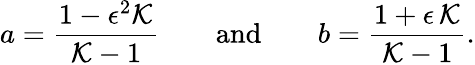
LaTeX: a=\frac{1-\epsilon^{2}{\cal K}}{{\cal K}-1}\qquad\mathrm{and}\qquad b=\frac{1+\epsilon\, {\cal K}}{{\cal K}-1}.